Vaccination in the Punjab 1905-1918 - 1905-1918
Year: 1905
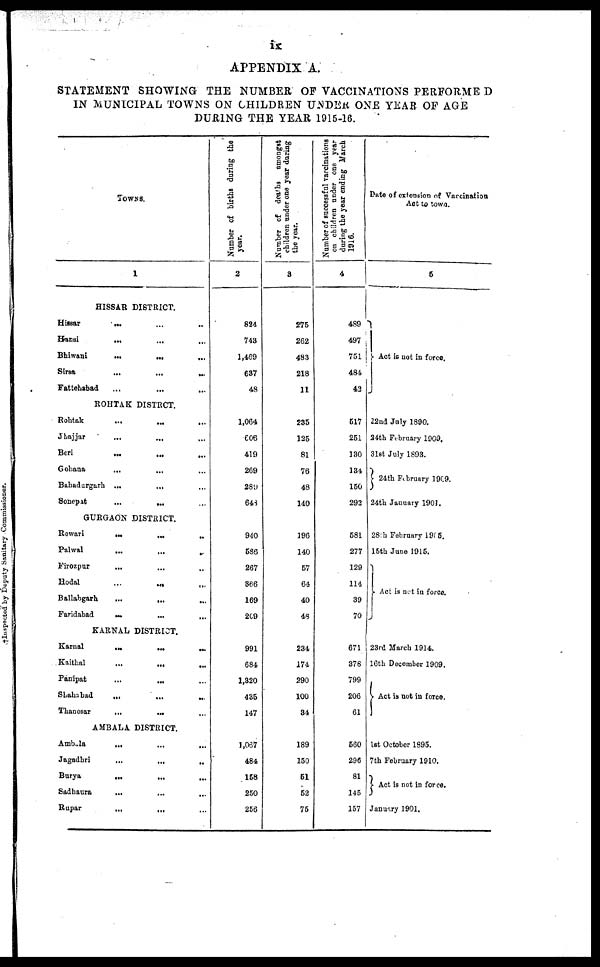
ix
APPENDIX A.
STATEMENT SHOWING THE NUMBER OF VACCINATIONS PERFORMED
IN MUNICIPAL TOWNS ON CHILDREN UNDER ONE YEAR OF AGE
DURING THE YEAR 1915-16.
TOWNS.
1
HISSAR DISTRICT.
Hissar ... ... ...
Hansi
... ... ...
Bhiwani
... ... ...
Sirsa
...
...
...
Fattehabad ... ... ...
ROHTAK DISTRICT.
Rohtak ... ... ...
Jhajjar
...
...
...
Beri
...
...
...
Gohana ... ... ...
Bahadurgarh
...
...
...
Sonepat
...
... ...
GURGAON DISTRICT.
Rewari ... ... ...
Palwal ... ... ...
Firozpur
...
...
...
Hodal
...
...
...
Ballahgarh
...
...
...
Faridabad ... ... ...
KARNAL DISTRICT.
Karnal
...
...
...
Kaithal
...
...
...
Panipat
...
...
...
Shahabad
...
...
...
Thanesar
...
...
...
AMBALA DISTRICT.
Ambala
...
...
...
Jagadhri
...
...
..
Burya ... ... ...
Sadhaura ... ... ...
Rupar
...
...
...
Number of births during the
year.
2
824
743
1,469
637
48
1,064
606
419
269
289
648
940
586
267
366
169
209
991
684
1,320
435
147
1,067
484
158
250
256
Number of deaths amongst
children under one year during
the year.
3
275
262
483
218
11
235
125
81
76
48
140
196
140
57
64
40
48
234
174
290
100
34
189
150
51
52
75
Number of successful vaccinations
on children under one year
during the year ending March
1916.
4
489
497
751
484
42
517
251
130
134
150
292
581
277
129
114
39
70
671
378
799
206
61
560
296
81
145
157
Date of extension of Vaccination
Act to town.
5
Act is not in force.
22nd July 1890.
24th February 1909.
31st July 1893.
24th February 1909.
24th January 1901.
28th February 1905.
15th June 1915.
Act is not in force.
23rd March 1914.
16th December 1909.
Act is not in force.
1st October 1895.
7th February 1910.
Act is not in force.
January 1901.